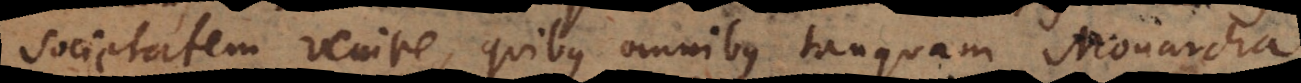
societatem venire, quibus omnibus tanquam Monarcha